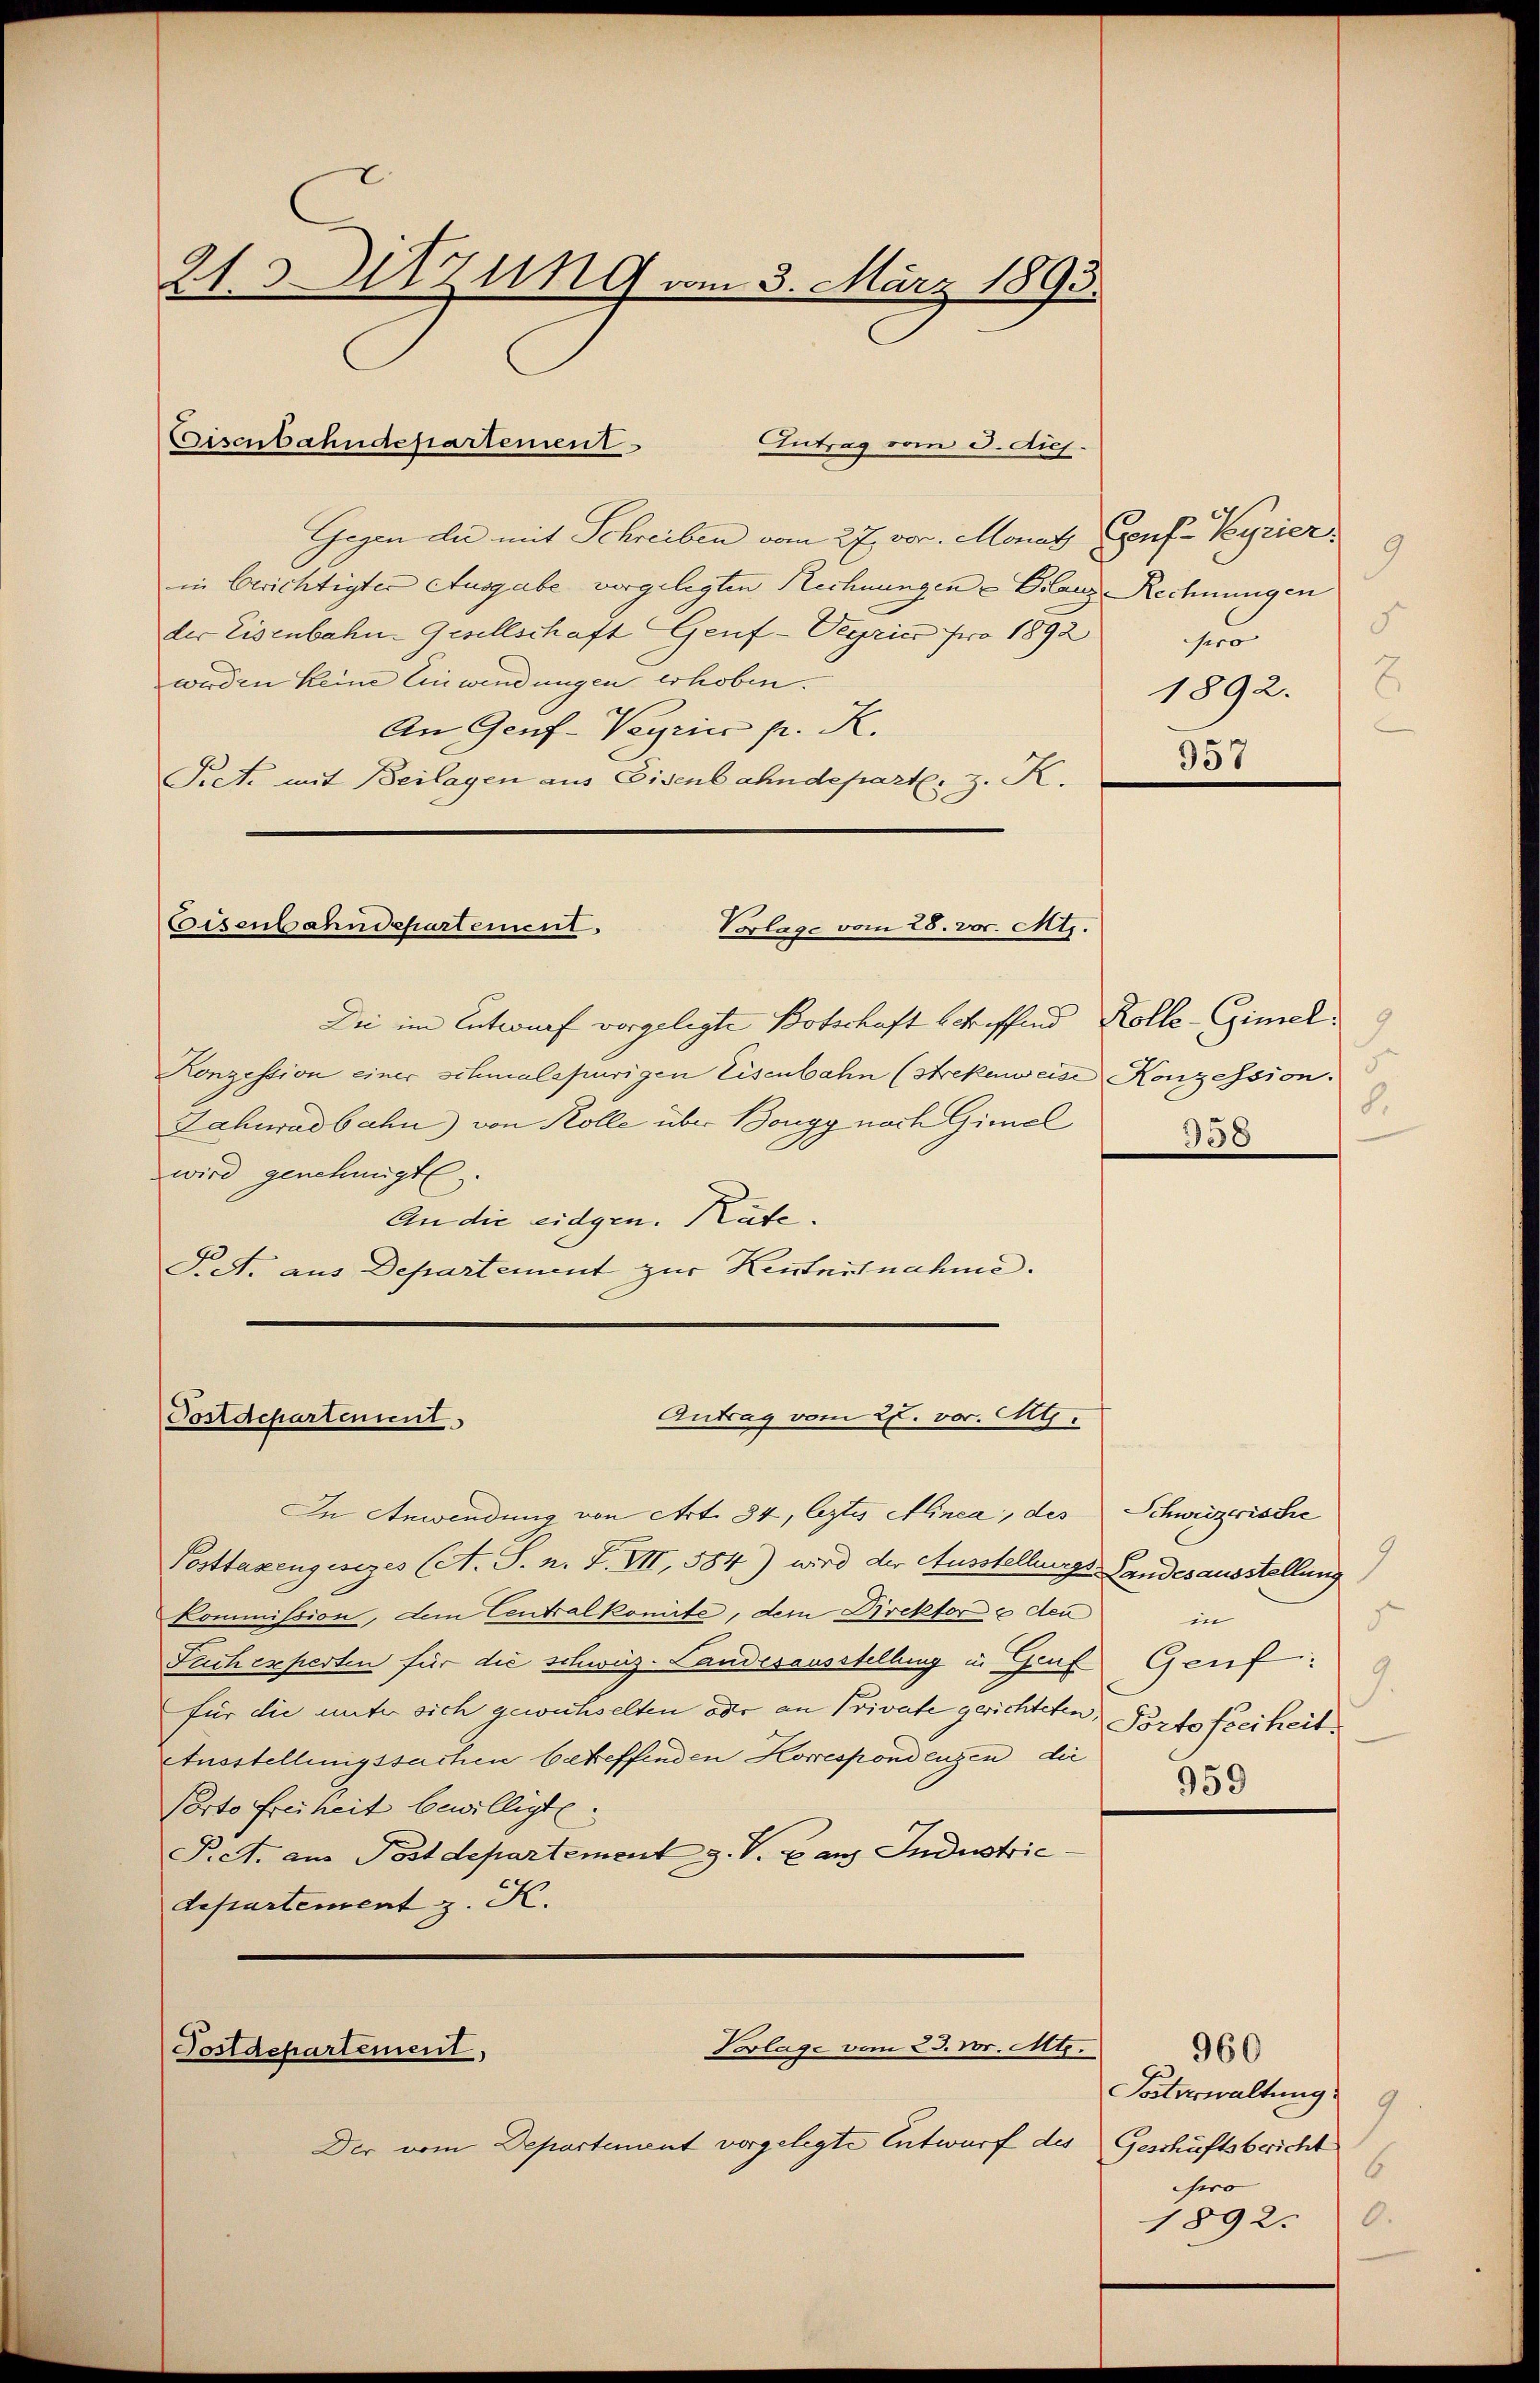
21. Sitzung am 3. März 1893.

Eisenbahndepartement

Eisenbahndepartement.
Vorlage vom 28. vor. Mts.

Antrag vom 27. vor. M.
Postdepartenunt

In Anwendung von Art. 84, Czty Minea, des Schweizerische
Posttaxengesezes (A. S. n. F. VII, 584) wird der Ausstellungs-Landesausstellung
Kommission, dem Centralkomite, dem Direktore den
Suchexperten für die schweiz. Landesausstellung in Graf Genf
für die unter sich gewüchselten oder an Private gerichteten, Portofreiheit.
Ausstellungssachen betreffenden Korrespondenzen die
Porto freiheit bewilligte.
Pet. aus Postdepartement z. V. E. aus Industrie
departement z. K.

Antrag vom 3. ds.
Gegen die mit Schreiben vom 27. vor. Monat (puf- Kyrier
in berichtigter Ausgabe vorgelegten Rechnungen Glanz Rechnungen
der Eisenbahn-Gesellschaft Genf -Vegries pro 1892
werden keine Einwendungen erhoben.
An Genf-Veyrin pr. K.
Pret. mit Beilagen aus Eisenbahndepartl. z. K.

Der vom Departement vorgelegte Entwurf des

Die im Entwurf vorgelegte Botschaft betreffend Kolle-Gimel
Konzession einer schmalspurigen Eisenbahn (Strekenweise Konzession.
Zahuradbahn) von Kolle über Bougy nach Gimel
wird genehmigt.
An die eidgen. Kate.
S. A. aus Departement zur Kentnisnahme.

Vorlage vom 23. Dr. Mts.
Postdepartement,

d
hr
1892.
957

8.
358

in
5
9.
959

Vaterwaltung
9
Geschäftsbricht
6
Gero
1892. 0.

960